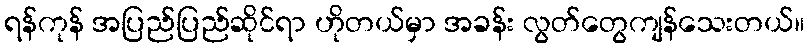
ရန်ကုန် အပြည်ပြည်ဆိုင်ရာ ဟိုတယ်မှာ အခန်း လွတ်တွေကျန်သေးတယ်။